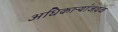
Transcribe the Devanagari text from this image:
अधिकाऱ्यांजवळ